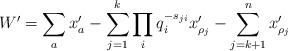
LaTeX: \begin{align*}W' = \sum_a x'_a - \sum_{j=1}^k \prod_{i} q_i^{-s_{j i}} x'_{\rho_j} - \sum_{j=k+1}^n x'_{\rho_j}\end{align*}